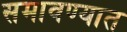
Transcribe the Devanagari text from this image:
समावण्यात